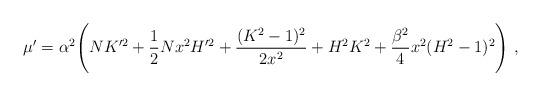
LaTeX: \begin{align*}\mu'=\alpha^2 \Biggl( N K'^2 + \frac{1}{2} N x^2 H'^2 + \frac{(K^2-1)^2}{2 x^2} + H^2 K^2 + \frac{\beta^2}{4} x^2 (H^2-1)^2 \Biggr)\ , \end{align*}